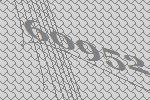
60952